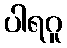
ပါရဂူ